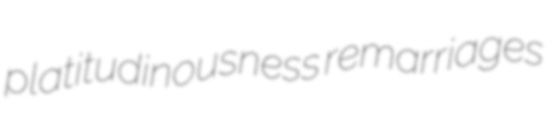
platitudinousness remarriages